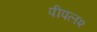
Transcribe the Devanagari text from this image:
पीपल२